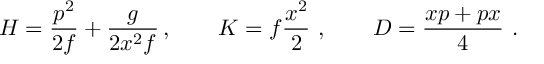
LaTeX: H = { \frac { p ^ { 2 } } { 2 f } } + { \frac { g } { 2 x ^ { 2 } f } } \, , \qquad K = f { \frac { x ^ { 2 } } { 2 } } \ , \qquad D = { \frac { x p + p x } { 4 } } \ .